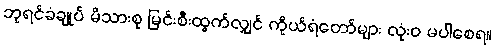
ဘုရင်ခံချုပ် မိသားစု မြင်းစီးထွက်လျှင် ကိုယ်ရံတော်များ လုံးဝ မပါစေရ။